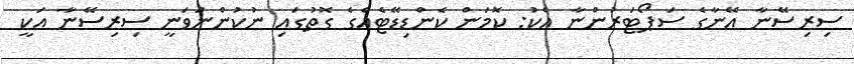
ސިރިސޭނާ އޭނާގެ ސަޕޯޓަރުންނާ އެކު: ކޮމަން ކެންޑިޑޭޓެއްގެ ގޮތުގައި ނުކުންނަވަނީ ސިރިސޭނާ އަކީ